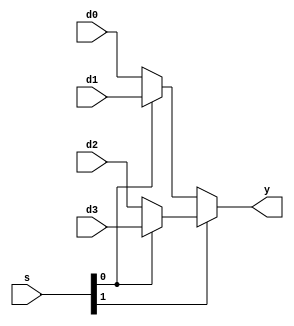
module mux4_32(
input  [31:0] d0, d1, d2, d3,
input   [1:0] s, 
output [31:0] y);

  assign #10 y = s[1] ? (s[0]? d3 : d2)   // s[1] is 1
                      : (s[0]? d1 : d0);  // s[1] is 0
endmodule